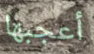
أعجبها